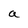
Character: a